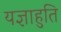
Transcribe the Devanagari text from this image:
यज्ञाहुति